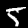
Digit: 5